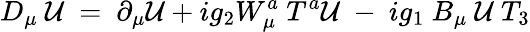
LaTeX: D_{\mu}~{\cal U}~=~\partial_{\mu}{\cal U}+ig_{2}W_{\mu}^{a}{}~{T^{a}}{\cal U}~-~ig_{1}~B_{\mu}~{\cal U}~{T_{3}}